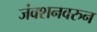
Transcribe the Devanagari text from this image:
जंक्शनवरुन